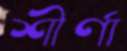
শীর্ণা